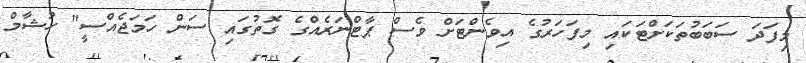
މިފަދަ ސަބަބުތަކަށްޓަކައި މިފަހަރުގެ އިވެންޓަށް ވެސް ޕާޓްނަރެއްގެ ގޮތުގައި ސަން ހަމަޖެއްސީ" ހުޝާމް